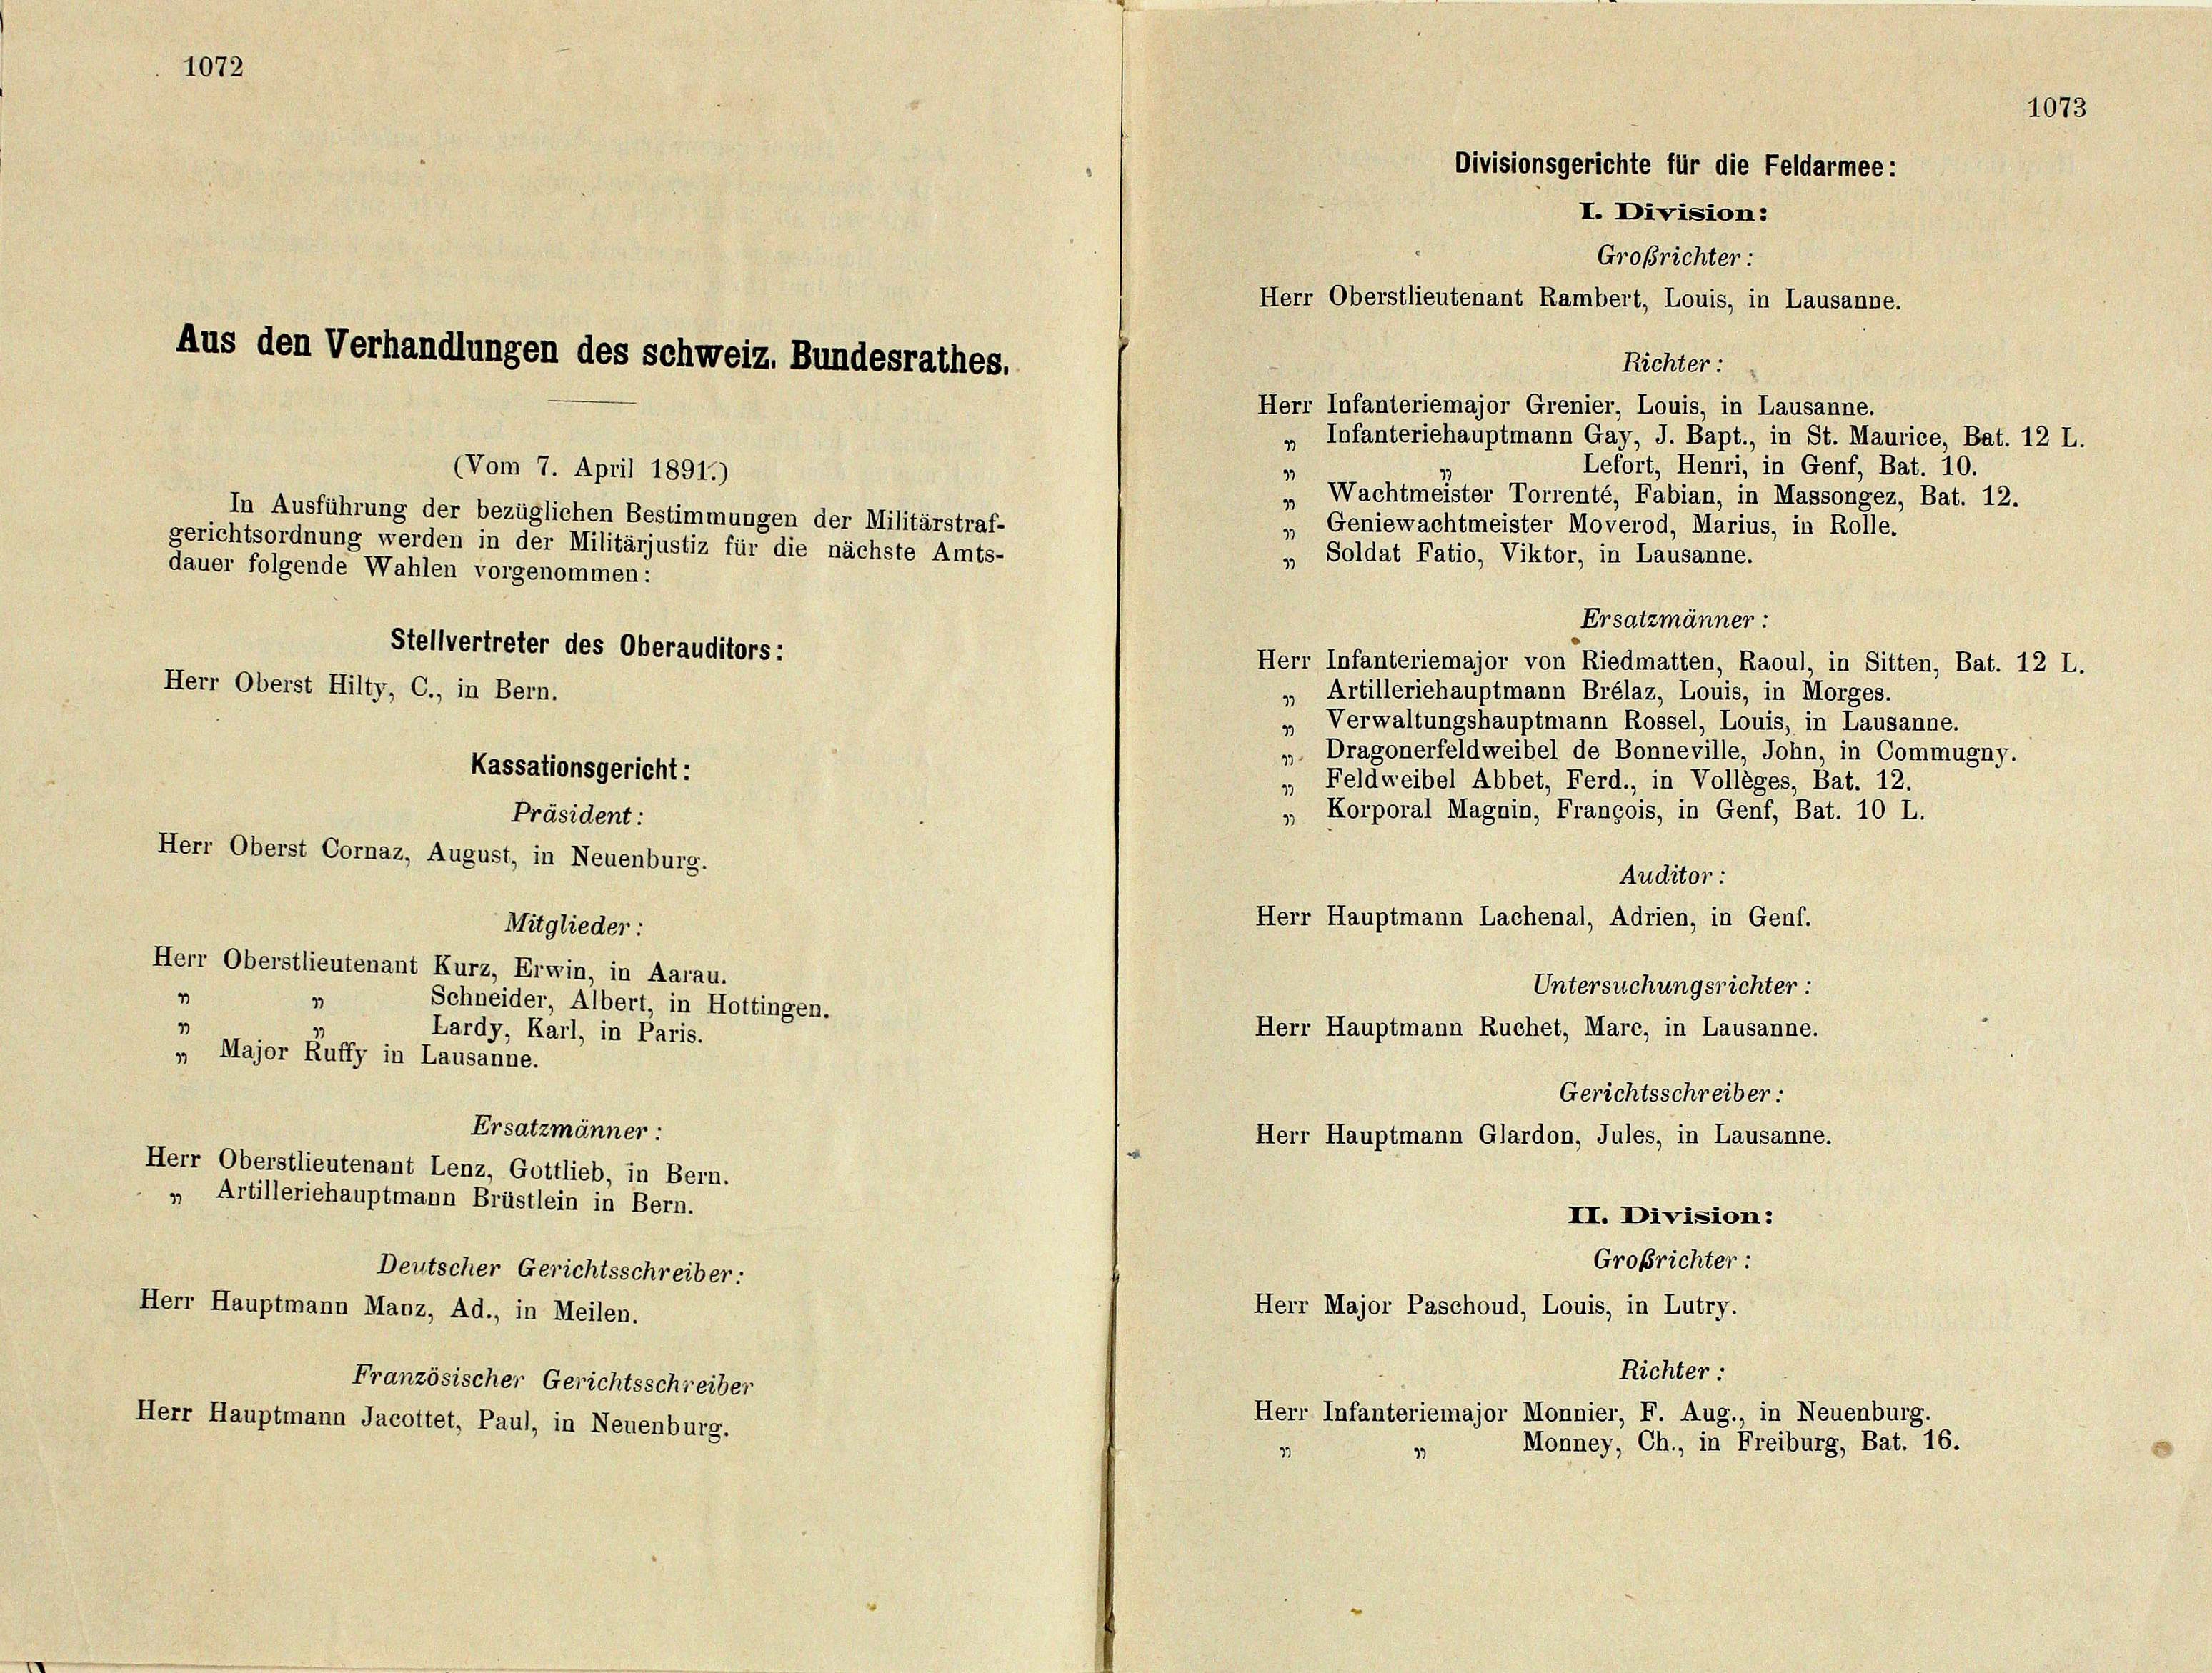
1072

Aus den Verhandlungen des Schweiz. Bundesrathes.

In Ausführung der bezüglichen Bestimmungen der Militärstraf-
gerichtsordnung werden in der Militärjustiz für die nächste Amts-
dauer folgende Wahlen vorgenommen:
Stellvertreter des Oberauditors :

Herr Oberst Hilty, C., in Bern.
Kassationsgericht:
Präsident:
Herr Oberst Cornaz, August, in Neuenburg.
Mitglieder:
Herr Oberstlieutenant Kurz, Erwin, in Aarau.
2
1
Schneider, Albert, in Hottingen.
7.
Lardy, Karl, in Paris.
„ Major Ruffy in Lausanne.

(Vom 7. April 1891.)

Ersatzmänner:
Herr Oberstlieutenant Lenz, Gottlieb, in Bern.
„ Artilleriehauptmann Brüstlein in Bern.
Deutscher Gerichtsschreiber:
Herr Hauptmann Manz, Ad., in Meilen.
Französischer Gerichtsschreiber
Herr Hauptmann Jacottet, Paul, in Neuenburg.

Divisionsgerichte für die Feldarmee :
I. Division:
Großrichter:
Herr Oberstlieutenant Rambert, Louis, in Lausanne.

Richter:

107.

Herr Infanteriemajor Grenier, Louis, in Lausanne.
„ Infanteriehauptmann Gay, J. Bapt., in St. Maurice, Bat. 12 L.
Lefort, Henri, in Genf, Bat. 10.
99
Wachtmeister Torrenté, Fabian, in Massongez, Bat. 12.
99
Geniewachtmeister Moverod, Marius, in Rolle.
97
„ Soldat Fatio, Viktor, in Lausanne.
Ersatzmänner:
Herr Infanteriemajor von Riedmatten, Raoul, in Sitten, Bat. 12 L.
 Artilleriehauptmann Brélaz, Louis, in Morges.
Verwaltungshauptmann Rossel, Louis, in Lausanne.
1
„ Dragonerfeldweibel de Bonneville, John, in Commugny.
 Feldweibel Abbet, Ferd., in Volleges, Bat. 12.
„ Korporal Magnin, François, in Genf, Bat. 10 L.
Auditor :
Herr Hauptmann Lachenal, Adrien, in Genf.
Untersuchungsrichter:
Herr Hauptmann Ruchet, Marc, in Lausanne.
Gerichtsschreiber:
Herr Hauptmann Glardon, Jules, in Lausanne.
II. Division:
Großrichter:
Herr Major Paschoud, Louis, in Lutry.
Richter.
Herr Infanteriemajor Monnier, F. Aug., in Neuenburg.
Monney, Ch., in Freiburg, Bat. 16.
13